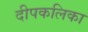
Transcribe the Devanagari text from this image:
दीपकलिका